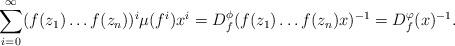
LaTeX: \begin{align*}\sum_{i=0}^{\infty}(f(z_1)\dots f(z_n))^i\mu(f^i)x^i=D_f^{\phi}(f(z_1)\dots f(z_n)x)^{-1}=D_f^{\varphi}(x)^{-1}.\end{align*}